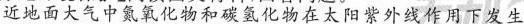
近地面大气中氮氧化物和碳氢化物在太阳紫外线作用下发生